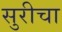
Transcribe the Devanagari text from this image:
सुरीचा